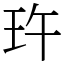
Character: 玝